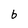
Character: b